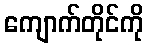
ကျောက်တိုင်ကို